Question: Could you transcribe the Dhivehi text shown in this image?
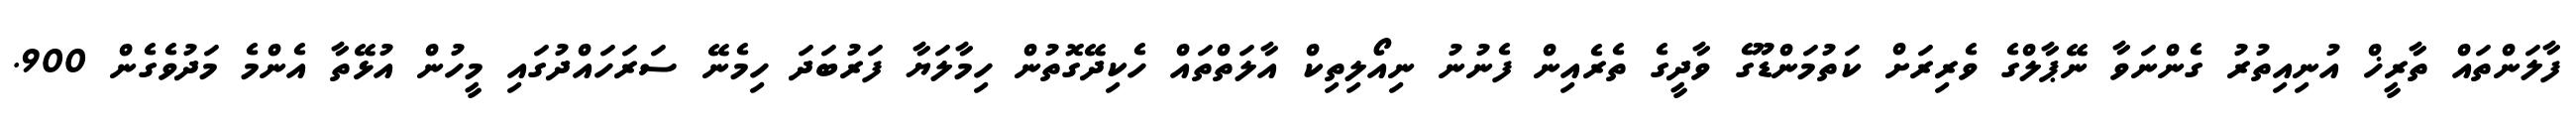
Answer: ފާލަންތައް ތާރީޚް އުނިއިތުރު ގެންނަވާ ނޭޕާލްގެ ވެރިރަށް ކަތުމަންޑޫގެ ވާދީގެ ތެރެއިން ފެނުނު ނިއޯލިތިކް އާލަތްތައް ހެކިދޭގޮތުން ހިމާލަޔާ ފަރުބަދަ ހިމެނޭ ސަރަހައްދުގައި މީހުން އުޅޭތާ އެންމެ މަދުވެގެން 900.